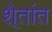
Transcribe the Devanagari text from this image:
शे्तांत